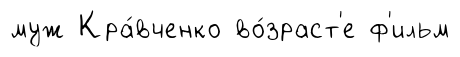
муж Кра́вченко во́зраст'е ф'ильм